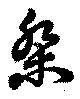
桀